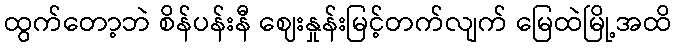
ထွက်တော့ဘဲ စိန်ပန်းနီ ဈေးနှုန်းမြင့်တက်လျက် မြေထဲမြို့အထိ